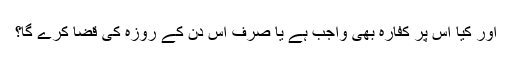
اور کیا اس پر کفارہ بھی واجب ہے یا صرف اس دن کے روزہ کی قضا کرے گا؟